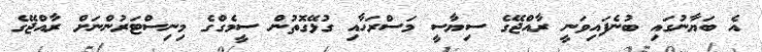
އެ ބަޔާނުގައި ބުނެފައިވަނީ ރާއްޖޭގެ ސިޔާސީ މަސްރަހާއި ގުޅޭގޮތުން ސީމެގްގެ މިނިސްޓަރުންނަށް ރާއްޖޭގެ